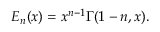
E _ { n } ( x ) = x ^ { n - 1 } \Gamma ( 1 - n , x ) .